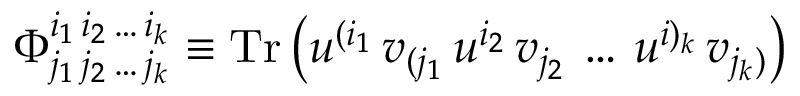
\Phi _ { j _ { 1 } \, j _ { 2 } \, \dots \, j _ { k } } ^ { i _ { 1 } \, i _ { 2 } \, \dots \, i _ { k } } \equiv \mathrm { T r } \left( u ^ { ( i _ { 1 } } \, v _ { ( j _ { 1 } } \, u ^ { i _ { 2 } } \, v _ { j _ { 2 } } \, \dots \, u ^ { i ) _ { k } } \, v _ { j _ { k } ) } \right)